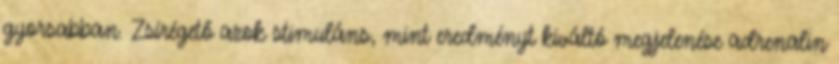
gyorsabban. Zsírégető azok stimuláns, mint eredményt kiváltó megjelenése adrenalin